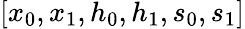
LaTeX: [x_{0},x_{1},h_{0},h_{1},s_{0},s_{1}]